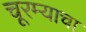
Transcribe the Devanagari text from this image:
चूरम्याचा